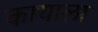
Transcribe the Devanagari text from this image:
कायाला